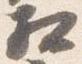
相